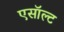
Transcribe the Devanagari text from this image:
एसॉल्ट